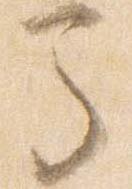
馬